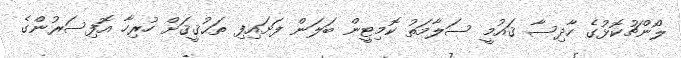
ލޯންޗުކޮޅުގެ ހާދިސާ ޤައުމީ ސަލާމަތު ކޮމިޓީން ބަލަން ފަށައިފި ތަޙުޤީޤަށް ހުރިހާ އޮފިސަރުންގެ